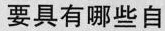
要具有哪些自